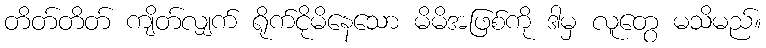
တိတ်တိတ် ကျိတ်လျှက် ရိုက်ငိုမိနေသော မိမိအဖြစ်ကို ဒါမှ လူတွေ မသိမည်။